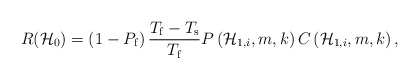
\begin{align*}{ R }(\mathcal{H}_{0}) = \left( 1-{P}_{\mathrm{f}} \right) \frac { { T }_{ \mathrm{f} }-{ T }_{ \mathrm{s} } }{ { T }_{ \mathrm{f} } } P\left( { \mathcal{H} }_{ 1,i }, m, k \right) C\left( { \mathcal{H} }_{ 1, i }, m, k \right),\end{align*}